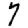
Digit: 7